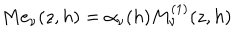
M e _ { \nu } ( z , h ) = \alpha _ { \nu } ( h ) M _ { \nu } ^ { ( 1 ) } ( z , h )